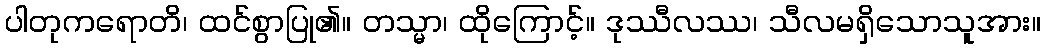
ပါတုကရောတိ၊ ထင်စွာပြု၏။ တသ္မာ၊ ထိုကြောင့်။ ဒုဿီလဿ၊ သီလမရှိသောသူအား။